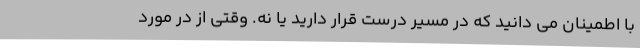
با اطمینان می دانید که در مسیر درست قرار دارید یا نه. وقتی از در مورد